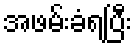
အဖမ်းခံရပြီး